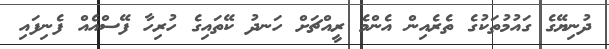
ދުނިޔޭގެ ގައުމުތަކުގެ ތެރެއިން އެންމެ ރީއްޗަށް ހަނދު ކޭތައިގެ ހުރިހާ ފޭސްއެއް ފެނިފައި